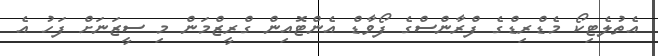
އެތުލެޓިކޯ މެޑްރިޑްގެ ފްރާންސްގެ ފޯވާޑް އެންޓޮއިން ގްރީޒްމަން މި ސީޒަނަށް ފަހު އެ